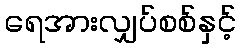
ရေအားလျှပ်စစ်နှင့်